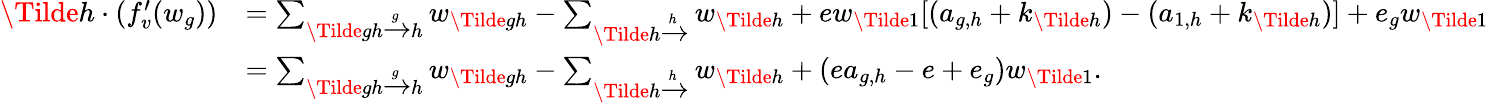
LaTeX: \begin{array}{rl}{\Tilde{h}\cdot(f_{v}^{\prime}(w_{g}))}&{=\sum_{\Tilde{gh}\xrightarrow[]gh}w_{\Tilde{gh}}-\sum_{\Tilde{h}\xrightarrow[]h}w_{\Tilde{h}}+ew_{\Tilde{1}}[(a_{g,h}+k_{\Tilde{h}})-(a_{1,h}+k_{\Tilde{h}})]+e_{g}w_{\Tilde{1}}}\\ &{=\sum_{\Tilde{gh}\xrightarrow[]gh}w_{\Tilde{gh}}-\sum_{\Tilde{h}\xrightarrow[]h}w_{\Tilde{h}}+(ea_{g,h}-e+e_{g})w_{\Tilde{1}}.}\end{array}